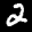
Label: 2